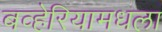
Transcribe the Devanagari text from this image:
बव्हेरियामधला